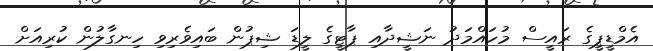
އެމްޑީޕީގެ ރައީސް މުހައްމަދު ނަޝީދާއި ޕާޓީގެ ލީޑަ ޝިޕުން ބައިވެރިވި ހިނގާލުން ކުރިއަށް